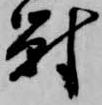
対